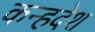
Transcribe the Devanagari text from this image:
कन्हदेश